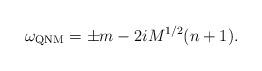
LaTeX: \begin{align*}\omega_{\rm QNM}=\pm m -2iM^{1/2}(n+1).\end{align*}